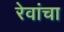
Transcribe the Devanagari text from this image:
रेवांचा